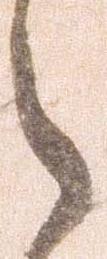
候